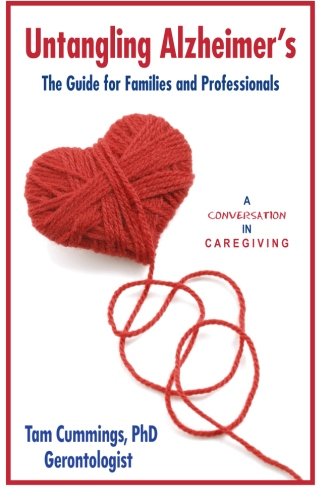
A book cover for Untangling Alzheimer's: The Guide for Families and Professionals (A Conversation in Caregiving) (Volume 1); Tam Cummings PhD; Health, Fitness & Dieting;